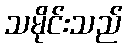
သမိုင်းသည်